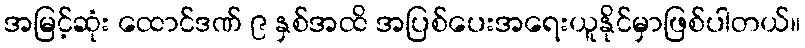
အမြင့်ဆုံး ထောင်ဒဏ် ၉ နှစ်အထိ အပြစ်ပေးအရေးယူနိုင်မှာဖြစ်ပါတယ်။